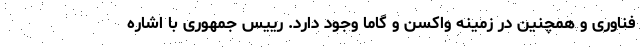
فناوری و همچنین در زمینه واکسن و گاما وجود دارد. رییس جمهوری با اشاره